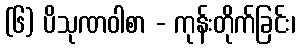
(၆) ပိသုဏဝါစာ - ကုန်းတိုက်ခြင်း၊